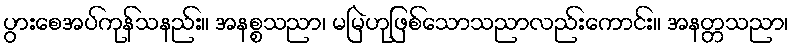
ပွားစေအပ်ကုန်သနည်း။ အနစ္စသညာ၊ မမြဲဟုဖြစ်သောသညာလည်းကောင်း။ အနတ္တသညာ၊